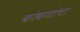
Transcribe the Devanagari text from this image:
कोकणांचा